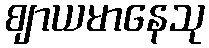
ဈာယမာနေသု